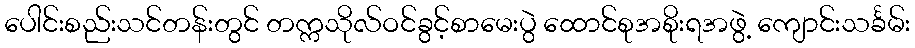
ပေါင်းစည်းသင်တန်းတွင် တက္ကသိုလ်ဝင်ခွင့်စာမေးပွဲ ထောင်စုအစိုးရအဖွဲ့ ကျောင်းသင်္ခမ်း